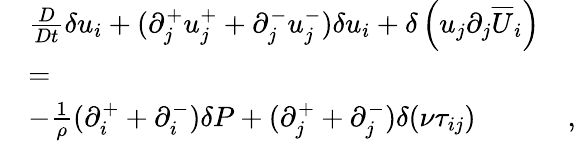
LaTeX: \begin{array}{rlr}&{\frac{D}{Dt}\delta u_{i}+(\partial_{j}^{+}u_{j}^{+}+\partial_{j}^{-}u_{j}^{-})\delta u_{i}+\delta\left(u_{j}\partial_{j}\overline{{U}}_{i}\right)}&\\ &{=}&\\ &{-\frac{1}{\rho}(\partial_{i}^{+}+\partial_{i}^{-})\delta P+(\partial_{j}^{+}+\partial_{j}^{-})\delta(\nu\tau_{ij})}&{,}\end{array}